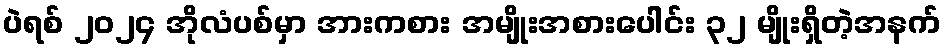
ပဲရစ် ၂၀၂၄ အိုလံပစ်မှာ အားကစား အမျိုးအစားပေါင်း ၃၂ မျိုးရှိတဲ့အနက်